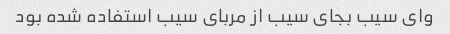
وای سیب بجای سیب از مربای سیب استفاده شده بود